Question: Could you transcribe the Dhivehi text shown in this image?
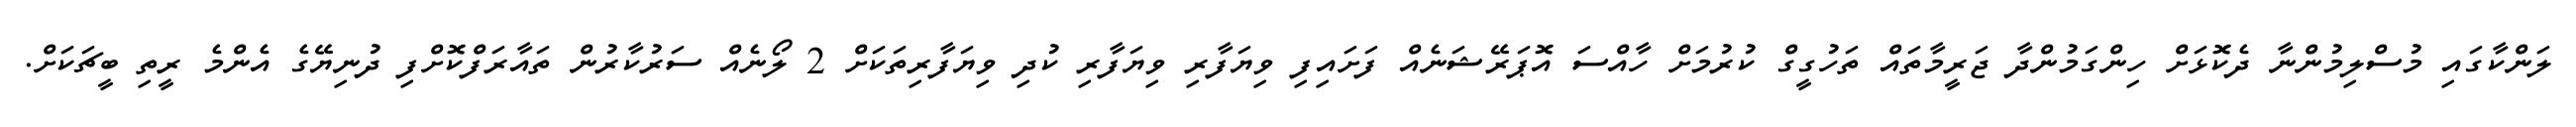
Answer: ލަންކާގައި މުސްލިމުންނާ ދެކޮޅަށް ހިންގަމުންދާ ޖަރީމާތައް ތަހުގީގް ކުރުމަށް ހާއްސަ އޮޕަރޭޝަނެއް ފަށައިފި ވިޔަފާރި ވިޔަފާރި ކުދި ވިޔަފާރިތަކަށް 2 ލޯނެއް ސަރުކާރުން ތައާރަފްކޮށްފި ދުނިޔޭގެ އެންމެ ރީތި ބީޗަކަށް.